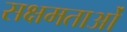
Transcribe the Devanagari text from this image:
सक्षमताओं